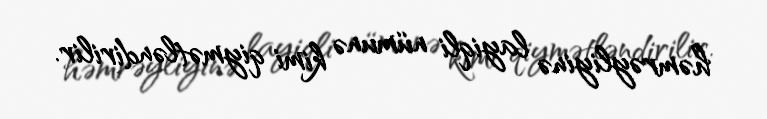
həmrəyliyinə layiqli nümunə kimi qiymətləndirilir.